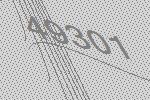
49301